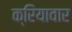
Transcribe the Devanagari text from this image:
क्रियावार